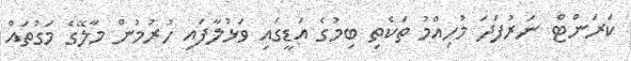
ކަރަންޓް ނަރުފަދަ މުހިއްމު ތަކެތި ބިމުގެ އަޑީގައި ވަޅުލާފައި ހުރުމުން މާލޭގެ މަގުތައް